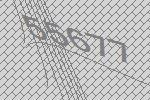
55677